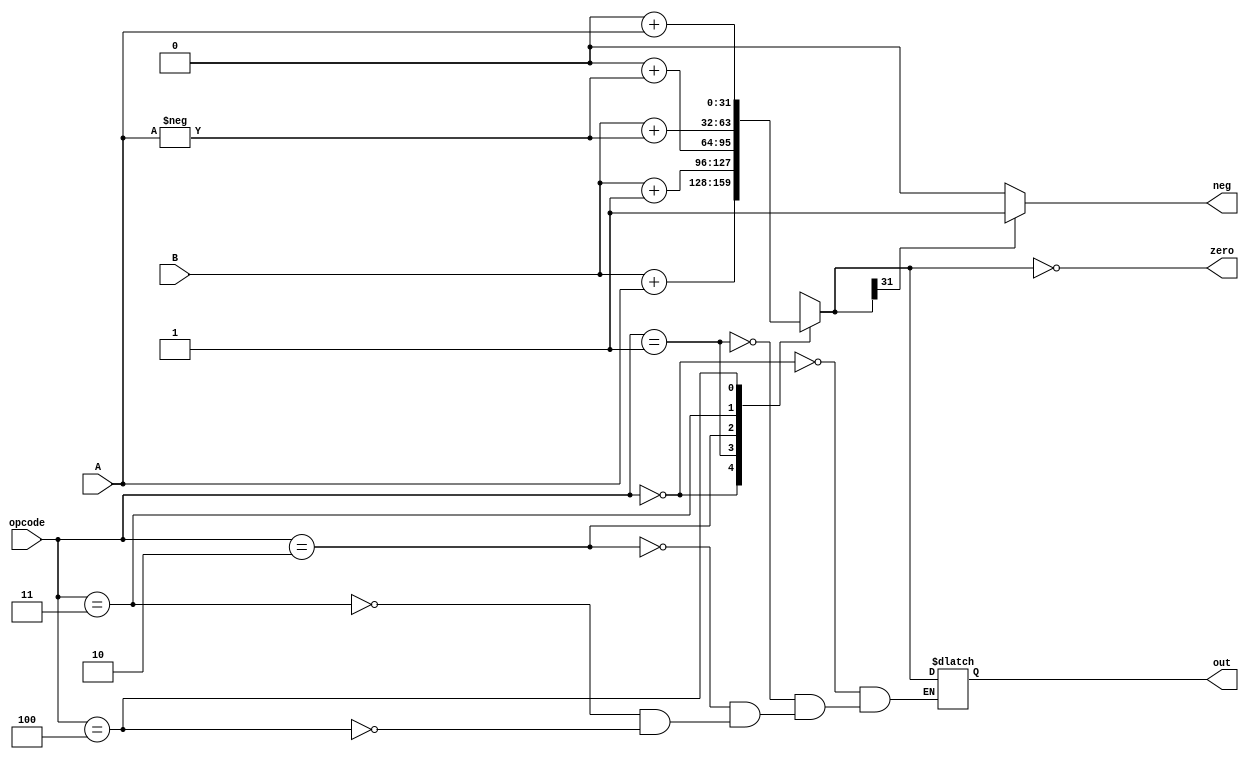
module ALU(
    input  [2:0] opcode,
    input  [31:0] A,
    input  [31:0] B,
    
    output [31:0] out,
    output zero,
    output neg
    );
    reg [31:0] out;
    reg zero;
    reg neg;
    
    always @(A,B,opcode) 
    begin
        case(opcode)
            //addition case 0
            3'b000: out = B + A;
            //Increment case 0
            3'b001: out = B + 1;
            //Negate case 0
            3'b010: out = 0 + (-A);
            //Subtraction case 0
            3'b011: out = B + (-A);
            //Pass A case 0
            3'b100: out = 0 + A;
        endcase
        
        zero = !out;
        
        if (out[31] == 1)
             neg = 1;
        else
             neg = 0;          
    end
endmodule